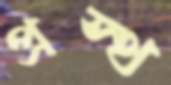
প্রস্থ